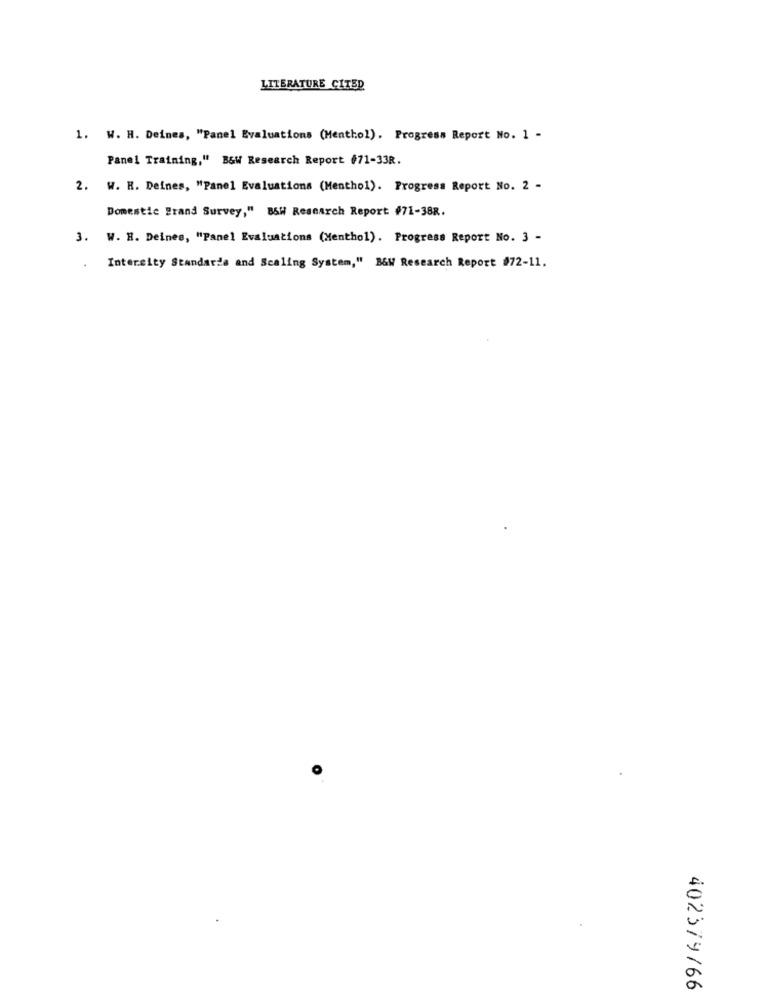
LITERATURE CITED
1. W. H. Deines, "Panel Evaluations (Menthol). Progress Report No. 1 -
Panel Training," B&W Research Report #71-33R.
2. W. R. Deines, "Panel Evaluations (Menthol). Progress Report No. 2 -
Domestic Brand Survey," B&H Research Report #71-388.
3. W. H. Deines, "Panel Evaluations (Menthol). Progress Report No. 3 -
Intercity Standards and Scaling System," B&W Research Report #72-11.
402379/66